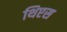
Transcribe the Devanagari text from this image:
थिएस